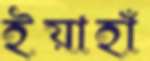
ইয়াহাঁ